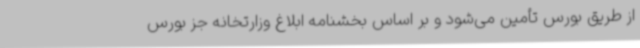
از طریق بورس تأمین می‌شود و بر اساس بخشنامه ابلاغ وزارتخانه جز بورس